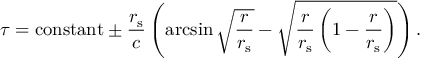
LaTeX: \tau = { \mathrm { c o n s t a n t } } \pm { \frac { r _ { \mathrm { { s } } } } { c } } \left( \arcsin { \sqrt { \frac { r } { r _ { \mathrm { { s } } } } } } - { \sqrt { { \frac { r } { r _ { \mathrm { { s } } } } } \left( 1 - { \frac { r } { r _ { \mathrm { { s } } } } } \right) } } \right) .